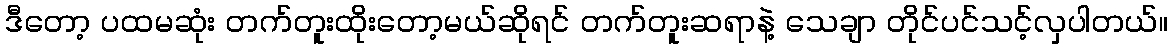
ဒီတော့ ပထမဆုံး တက်တူးထိုးတော့မယ်ဆိုရင် တက်တူးဆရာနဲ့ သေချာ တိုင်ပင်သင့်လှပါတယ်။